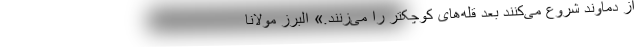
از دماوند شروع می‌کنند بعد قله‌های کوچکتر را می‌زنند.» البرز مولانا